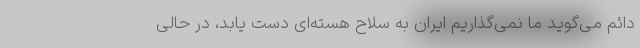
دائم می‌گوید ما نمی‌گذاریم ایران به سلاح هسته‌ای دست یابد، در حالی